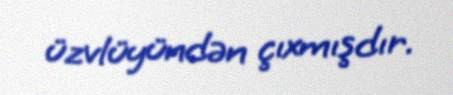
üzvlüyündən çıxmışdır.